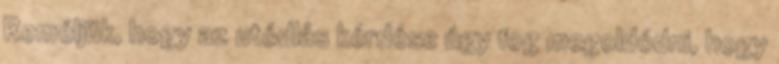
Reméljük, hogy az utódlás kérdése úgy fog megoldódni, hogy